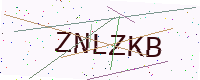
Text: ZNLZKB